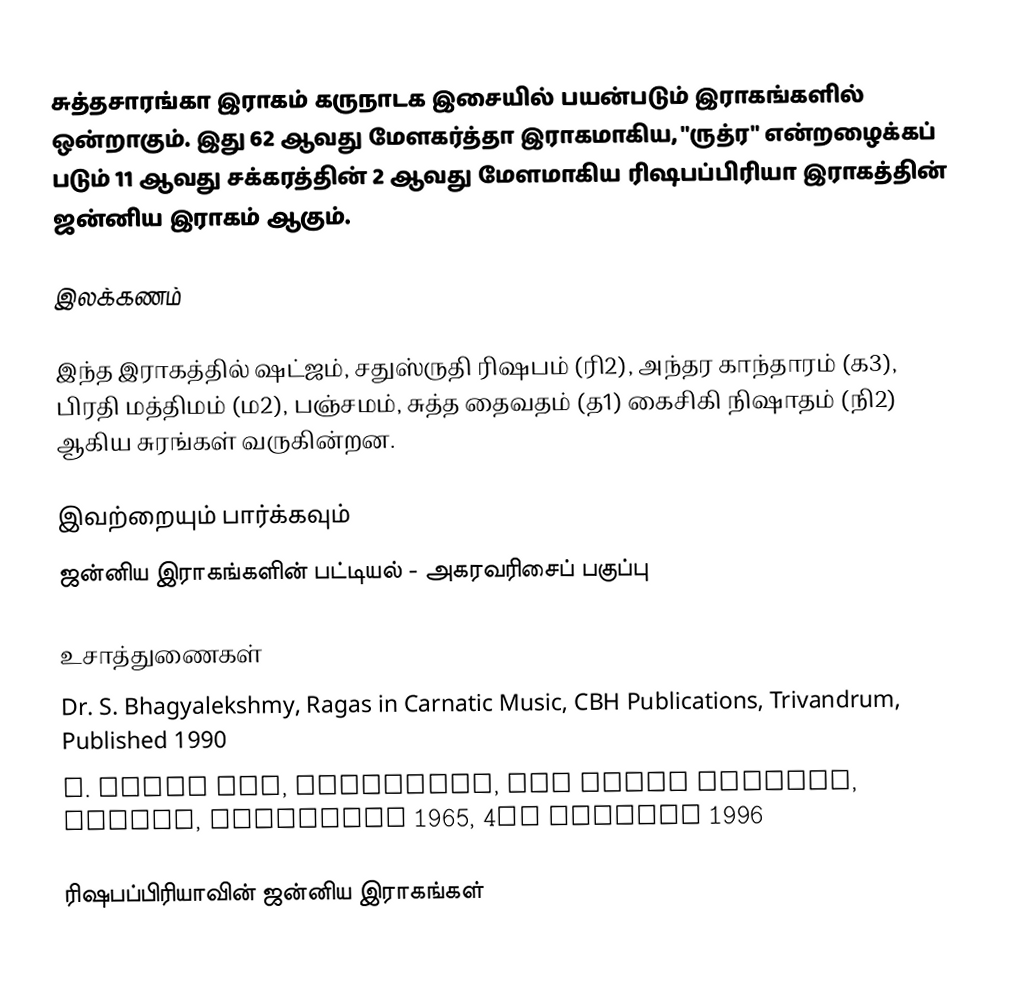
சுத்தசாரங்கா இராகம் கருநாடக இசையில் பயன்படும் இராகங்களில் ஒன்றாகும். இது 62 ஆவது மேளகர்த்தா இராகமாகிய, "ருத்ர" என்றழைக்கப் படும் 11 ஆவது சக்கரத்தின் 2 ஆவது மேளமாகிய ரிஷபப்பிரியா இராகத்தின் ஜன்னிய இராகம் ஆகும்.

இலக்கணம்

இந்த இராகத்தில் ஷட்ஜம், சதுஸ்ருதி ரிஷபம் (ரி2), அந்தர காந்தாரம் (க3), பிரதி மத்திமம் (ம2), பஞ்சமம்,  சுத்த தைவதம் (த1) கைசிகி நிஷாதம்  (நி2) ஆகிய சுரங்கள் வருகின்றன.

இவற்றையும் பார்க்கவும்
 ஜன்னிய இராகங்களின் பட்டியல் - அகரவரிசைப் பகுப்பு

உசாத்துணைகள்
 Dr. S. Bhagyalekshmy, Ragas in Carnatic Music, CBH Publications, Trivandrum, Published 1990
 B. Subba Rao, Raganidhi, The Music Academy, Madras, Published 1965, 4th reprint 1996

ரிஷபப்பிரியாவின் ஜன்னிய இராகங்கள்